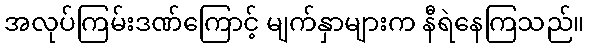
အလုပ်ကြမ်းဒဏ်ကြောင့် မျက်နှာများက နီရဲနေကြသည်။